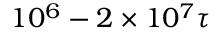
1 0 ^ { 6 } - 2 \times 1 0 ^ { 7 } \tau